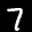
Label: 7